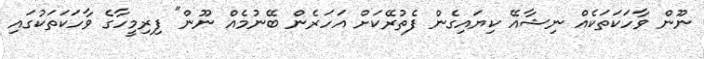
ނޫން ވާހަކަތަކެއް ނިޝާއޭ ކިޔައިގެން ފެތުރޭކަށް އަހަރެން ބޭނުމެއް ނޫން" ފިރިމީހާގެ ވާހަކަތަކުގައި